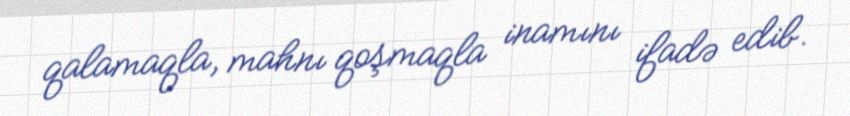
qalamaqla, mahnı qoşmaqla inamını ifadə edib.